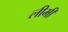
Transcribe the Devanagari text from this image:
लीमी